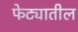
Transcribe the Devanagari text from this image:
फेट्यातील